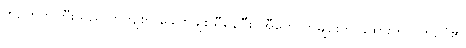
ဘဲဥကွက်ကြီးသည် တိကျစွာ ခေါက်ချိုးညီနေပြီး၊ အီကွေတာမျဉ်းကို ခွထားကာ၊ ဘဲဥပုံ၏